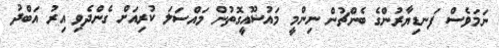
ނަމަވެސް ފަނޑިޔާރުންގެ ބެންޗުން ނިންމީ މައުޟޫއީގޮތުން މައްސަލަ ކުރިއަށް ގެންދެވި އިރު އަބްދު